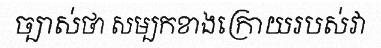
ច្បាស់ថា សម្បកខាងក្រោយរបស់វា